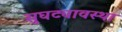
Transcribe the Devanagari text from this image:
सुघट्यावस्था